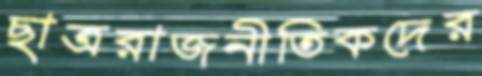
ছাত্ররাজনীতিকদের